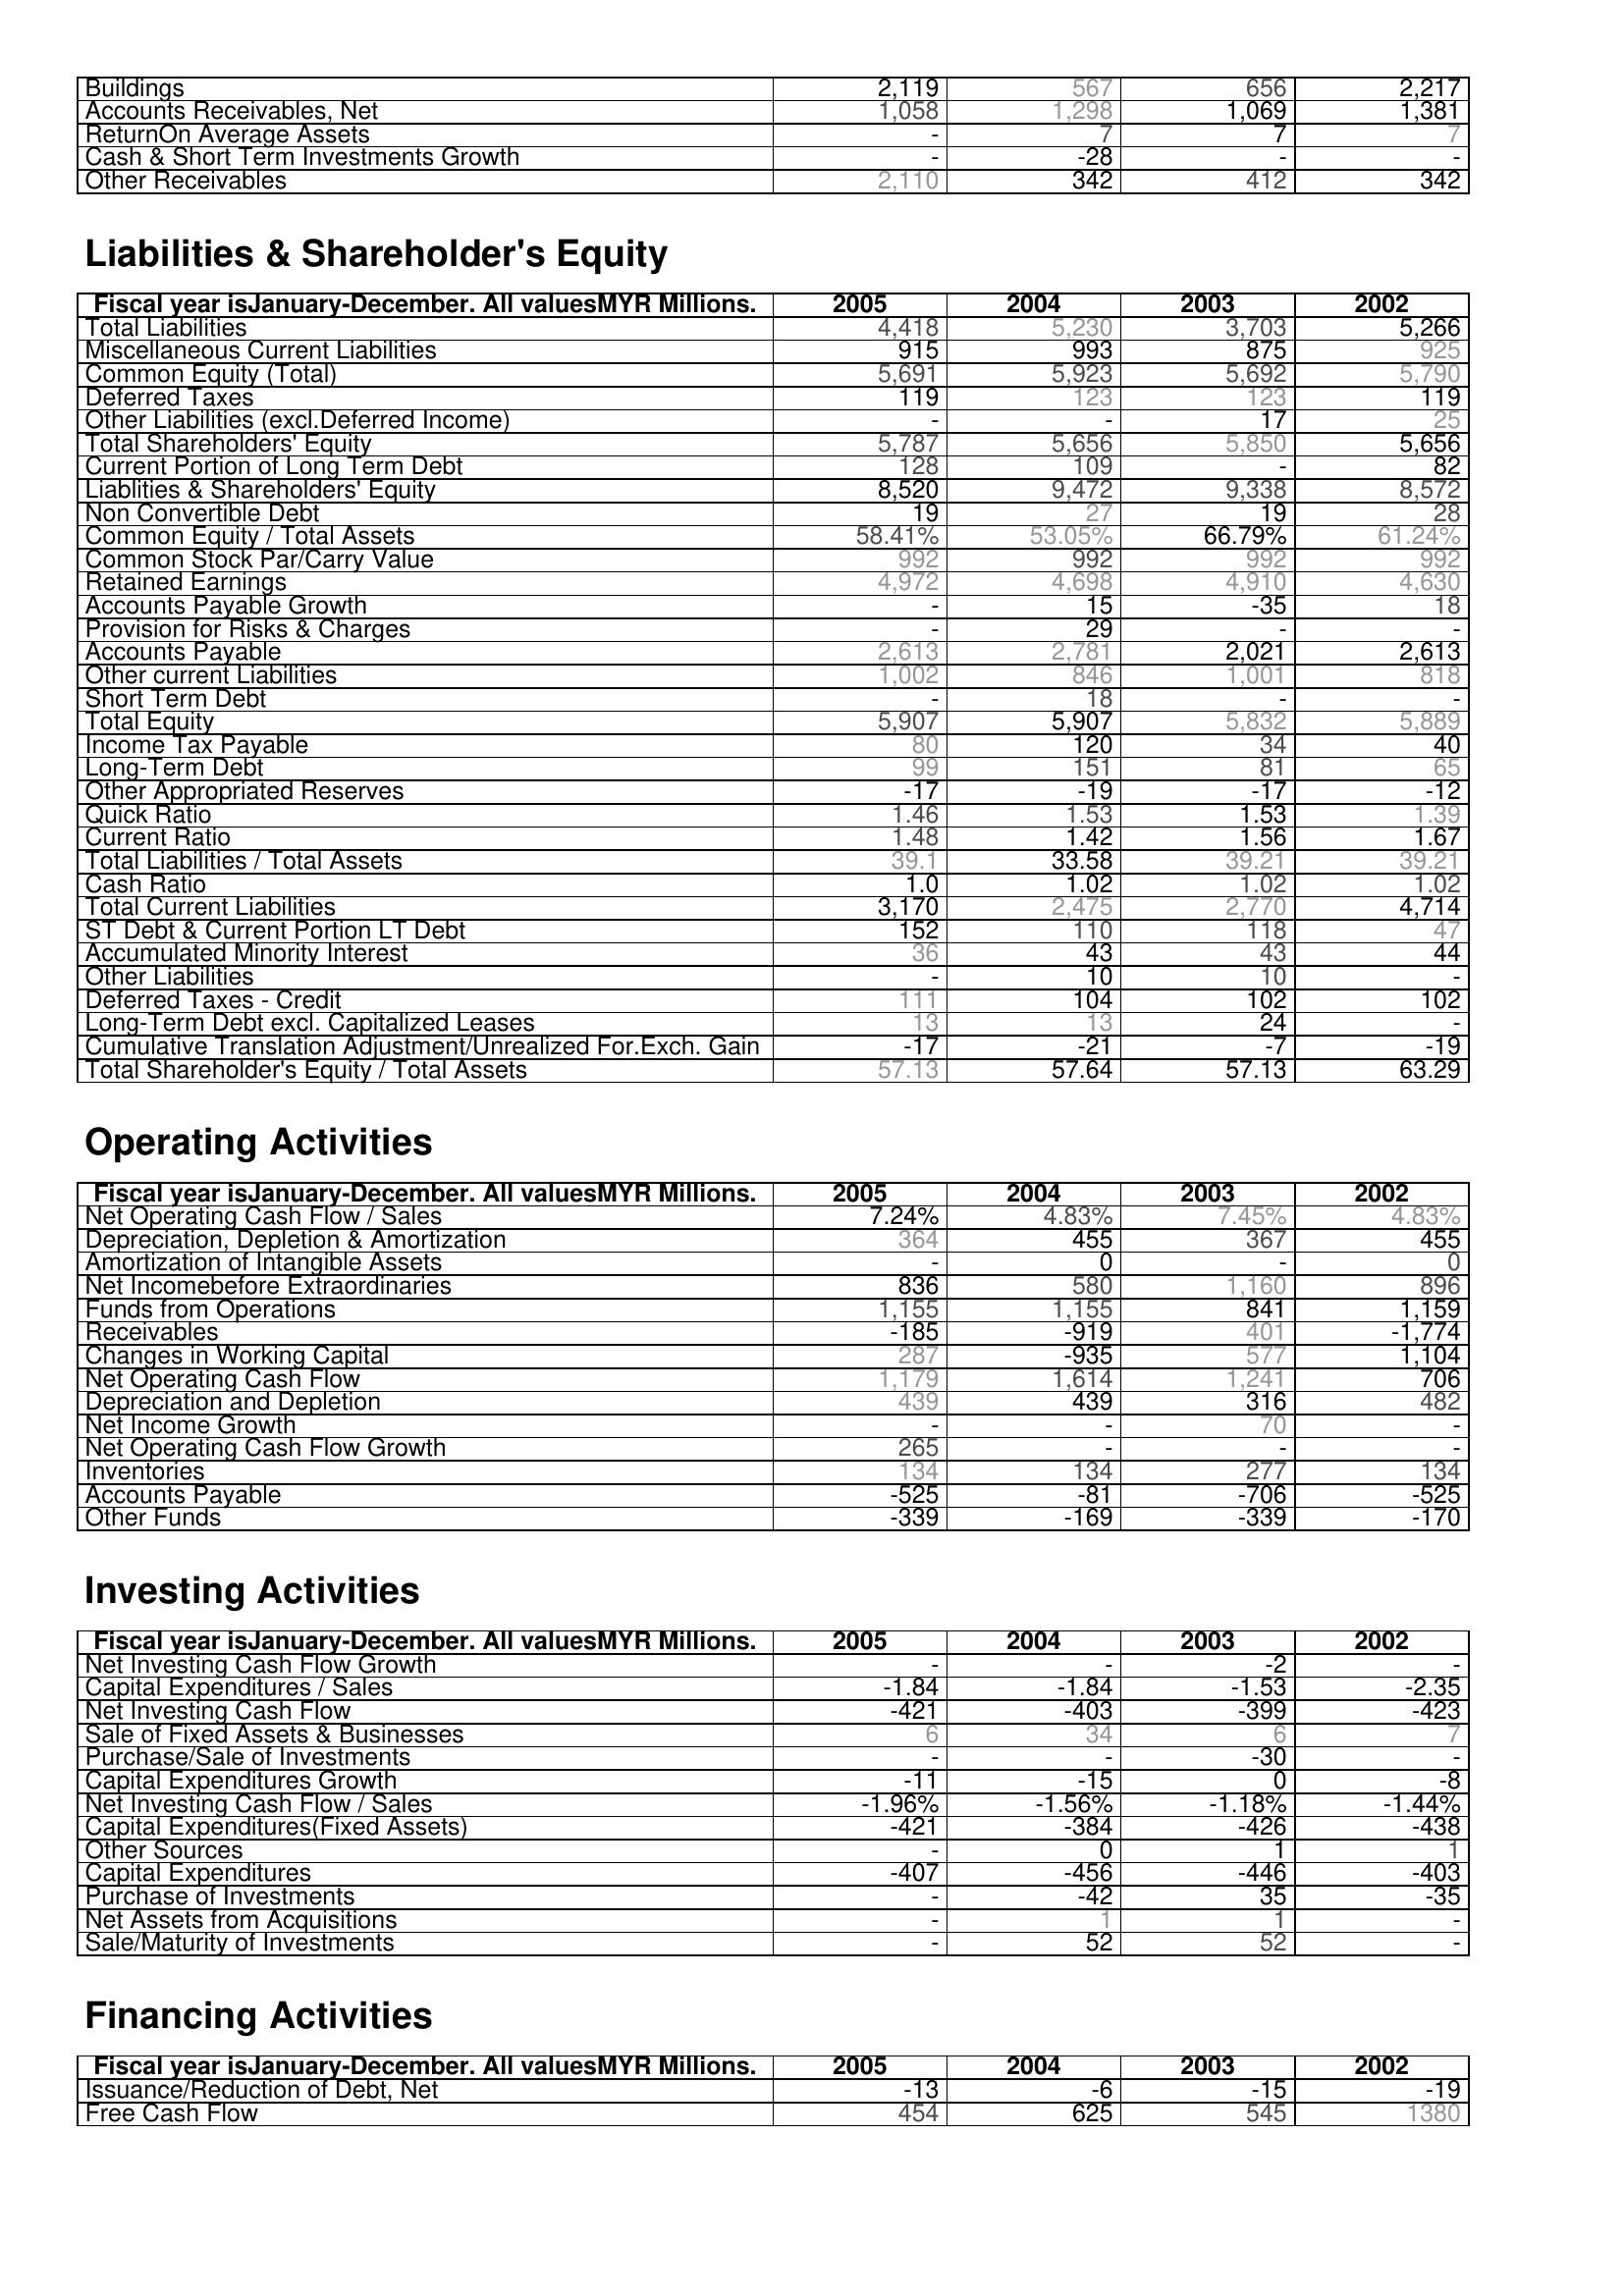
2005: Assets: Buildings: 2,119
Accounts Receivables, Net: 1,058
ReturnOn Average Assets: -
Cash & Short Term Investments Growth: -
Other Receivables: 2,110
Liabilities & Shareholder's Equity: Total Liabilities: 4,418
Miscellaneous Current Liabilities: 915
Common Equity (Total): 5,691
Deferred Taxes: 119
Other Liabilities (excl.Deferred Income): -
Total Shareholders' Equity: 5,787
Current Portion of Long Term Debt: 128
Liablities & Shareholders' Equity: 8,520
Non Convertible Debt: 19
Common Equity / Total Assets: 58.41%
Common Stock Par/Carry Value: 992
Retained Earnings: 4,972
Accounts Payable Growth: -
Provision for Risks & Charges: -
Accounts Payable: 2,613
Other current Liabilities: 1,002
Short Term Debt: -
Total Equity: 5,907
Income Tax Payable: 80
Long-Term Debt: 99
Other Appropriated Reserves: -17
Quick Ratio: 1.46
Current Ratio: 1.48
Total Liabilities / Total Assets: 39.1
Cash Ratio: 1.0
Total Current Liabilities: 3,170
ST Debt & Current Portion LT Debt: 152
Accumulated Minority Interest: 36
Other Liabilities: -
Deferred Taxes - Credit: 111
Long-Term Debt excl. Capitalized Leases: 13
Cumulative Translation Adjustment/Unrealized For.Exch. Gain: -17
Total Shareholder's Equity / Total Assets: 57.13
Operating Activities: Net Operating Cash Flow / Sales: 7.24%
Depreciation, Depletion & Amortization: 364
Amortization of Intangible Assets: -
Net Incomebefore Extraordinaries: 836
Funds from Operations: 1,155
Receivables: -185
Changes in Working Capital: 287
Net Operating Cash Flow: 1,179
Depreciation and Depletion: 439
Net Income Growth: -
Net Operating Cash Flow Growth: 265
Inventories: 134
Accounts Payable: -525
Other Funds: -339
Investing Activities: Net Investing Cash Flow Growth: -
Capital Expenditures / Sales: -1.84
Net Investing Cash Flow: -421
Sale of Fixed Assets & Businesses: 6
Purchase/Sale of Investments: -
Capital Expenditures Growth: -11
Net Investing Cash Flow / Sales: -1.96%
Capital Expenditures(Fixed Assets): -421
Other Sources: -
Capital Expenditures: -407
Purchase of Investments: -
Net Assets from Acquisitions: -
Sale/Maturity of Investments: -
Financing Activities: Issuance/Reduction of Debt, Net: -13
Free Cash Flow: 454
2004: Assets: Buildings: 567
Accounts Receivables, Net: 1,298
ReturnOn Average Assets: 7
Cash & Short Term Investments Growth: -28
Other Receivables: 342
Liabilities & Shareholder's Equity: Total Liabilities: 5,230
Miscellaneous Current Liabilities: 993
Common Equity (Total): 5,923
Deferred Taxes: 123
Other Liabilities (excl.Deferred Income): -
Total Shareholders' Equity: 5,656
Current Portion of Long Term Debt: 109
Liablities & Shareholders' Equity: 9,472
Non Convertible Debt: 27
Common Equity / Total Assets: 53.05%
Common Stock Par/Carry Value: 992
Retained Earnings: 4,698
Accounts Payable Growth: 15
Provision for Risks & Charges: 29
Accounts Payable: 2,781
Other current Liabilities: 846
Short Term Debt: 18
Total Equity: 5,907
Income Tax Payable: 120
Long-Term Debt: 151
Other Appropriated Reserves: -19
Quick Ratio: 1.53
Current Ratio: 1.42
Total Liabilities / Total Assets: 33.58
Cash Ratio: 1.02
Total Current Liabilities: 2,475
ST Debt & Current Portion LT Debt: 110
Accumulated Minority Interest: 43
Other Liabilities: 10
Deferred Taxes - Credit: 104
Long-Term Debt excl. Capitalized Leases: 13
Cumulative Translation Adjustment/Unrealized For.Exch. Gain: -21
Total Shareholder's Equity / Total Assets: 57.64
Operating Activities: Net Operating Cash Flow / Sales: 4.83%
Depreciation, Depletion & Amortization: 455
Amortization of Intangible Assets: 0
Net Incomebefore Extraordinaries: 580
Funds from Operations: 1,155
Receivables: -919
Changes in Working Capital: -935
Net Operating Cash Flow: 1,614
Depreciation and Depletion: 439
Net Income Growth: -
Net Operating Cash Flow Growth: -
Inventories: 134
Accounts Payable: -81
Other Funds: -169
Investing Activities: Net Investing Cash Flow Growth: -
Capital Expenditures / Sales: -1.84
Net Investing Cash Flow: -403
Sale of Fixed Assets & Businesses: 34
Purchase/Sale of Investments: -
Capital Expenditures Growth: -15
Net Investing Cash Flow / Sales: -1.56%
Capital Expenditures(Fixed Assets): -384
Other Sources: 0
Capital Expenditures: -456
Purchase of Investments: -42
Net Assets from Acquisitions: 1
Sale/Maturity of Investments: 52
Financing Activities: Issuance/Reduction of Debt, Net: -6
Free Cash Flow: 625
2003: Assets: Buildings: 656
Accounts Receivables, Net: 1,069
ReturnOn Average Assets: 7
Cash & Short Term Investments Growth: -
Other Receivables: 412
Liabilities & Shareholder's Equity: Total Liabilities: 3,703
Miscellaneous Current Liabilities: 875
Common Equity (Total): 5,692
Deferred Taxes: 123
Other Liabilities (excl.Deferred Income): 17
Total Shareholders' Equity: 5,850
Current Portion of Long Term Debt: -
Liablities & Shareholders' Equity: 9,338
Non Convertible Debt: 19
Common Equity / Total Assets: 66.79%
Common Stock Par/Carry Value: 992
Retained Earnings: 4,910
Accounts Payable Growth: -35
Provision for Risks & Charges: -
Accounts Payable: 2,021
Other current Liabilities: 1,001
Short Term Debt: -
Total Equity: 5,832
Income Tax Payable: 34
Long-Term Debt: 81
Other Appropriated Reserves: -17
Quick Ratio: 1.53
Current Ratio: 1.56
Total Liabilities / Total Assets: 39.21
Cash Ratio: 1.02
Total Current Liabilities: 2,770
ST Debt & Current Portion LT Debt: 118
Accumulated Minority Interest: 43
Other Liabilities: 10
Deferred Taxes - Credit: 102
Long-Term Debt excl. Capitalized Leases: 24
Cumulative Translation Adjustment/Unrealized For.Exch. Gain: -7
Total Shareholder's Equity / Total Assets: 57.13
Operating Activities: Net Operating Cash Flow / Sales: 7.45%
Depreciation, Depletion & Amortization: 367
Amortization of Intangible Assets: -
Net Incomebefore Extraordinaries: 1,160
Funds from Operations: 841
Receivables: 401
Changes in Working Capital: 577
Net Operating Cash Flow: 1,241
Depreciation and Depletion: 316
Net Income Growth: 70
Net Operating Cash Flow Growth: -
Inventories: 277
Accounts Payable: -706
Other Funds: -339
Investing Activities: Net Investing Cash Flow Growth: -2
Capital Expenditures / Sales: -1.53
Net Investing Cash Flow: -399
Sale of Fixed Assets & Businesses: 6
Purchase/Sale of Investments: -30
Capital Expenditures Growth: 0
Net Investing Cash Flow / Sales: -1.18%
Capital Expenditures(Fixed Assets): -426
Other Sources: 1
Capital Expenditures: -446
Purchase of Investments: 35
Net Assets from Acquisitions: 1
Sale/Maturity of Investments: 52
Financing Activities: Issuance/Reduction of Debt, Net: -15
Free Cash Flow: 545
2002: Assets: Buildings: 2,217
Accounts Receivables, Net: 1,381
ReturnOn Average Assets: 7
Cash & Short Term Investments Growth: -
Other Receivables: 342
Liabilities & Shareholder's Equity: Total Liabilities: 5,266
Miscellaneous Current Liabilities: 925
Common Equity (Total): 5,790
Deferred Taxes: 119
Other Liabilities (excl.Deferred Income): 25
Total Shareholders' Equity: 5,656
Current Portion of Long Term Debt: 82
Liablities & Shareholders' Equity: 8,572
Non Convertible Debt: 28
Common Equity / Total Assets: 61.24%
Common Stock Par/Carry Value: 992
Retained Earnings: 4,630
Accounts Payable Growth: 18
Provision for Risks & Charges: -
Accounts Payable: 2,613
Other current Liabilities: 818
Short Term Debt: -
Total Equity: 5,889
Income Tax Payable: 40
Long-Term Debt: 65
Other Appropriated Reserves: -12
Quick Ratio: 1.39
Current Ratio: 1.67
Total Liabilities / Total Assets: 39.21
Cash Ratio: 1.02
Total Current Liabilities: 4,714
ST Debt & Current Portion LT Debt: 47
Accumulated Minority Interest: 44
Other Liabilities: -
Deferred Taxes - Credit: 102
Long-Term Debt excl. Capitalized Leases: -
Cumulative Translation Adjustment/Unrealized For.Exch. Gain: -19
Total Shareholder's Equity / Total Assets: 63.29
Operating Activities: Net Operating Cash Flow / Sales: 4.83%
Depreciation, Depletion & Amortization: 455
Amortization of Intangible Assets: 0
Net Incomebefore Extraordinaries: 896
Funds from Operations: 1,159
Receivables: -1,774
Changes in Working Capital: 1,104
Net Operating Cash Flow: 706
Depreciation and Depletion: 482
Net Income Growth: -
Net Operating Cash Flow Growth: -
Inventories: 134
Accounts Payable: -525
Other Funds: -170
Investing Activities: Net Investing Cash Flow Growth: -
Capital Expenditures / Sales: -2.35
Net Investing Cash Flow: -423
Sale of Fixed Assets & Businesses: 7
Purchase/Sale of Investments: -
Capital Expenditures Growth: -8
Net Investing Cash Flow / Sales: -1.44%
Capital Expenditures(Fixed Assets): -438
Other Sources: 1
Capital Expenditures: -403
Purchase of Investments: -35
Net Assets from Acquisitions: -
Sale/Maturity of Investments: -
Financing Activities: Issuance/Reduction of Debt, Net: -19
Free Cash Flow: 1380